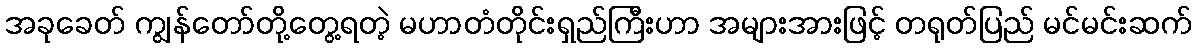
အခုခေတ် ကျွန်တော်တို့တွေ့ရတဲ့ မဟာတံတိုင်းရှည်ကြီးဟာ အများအားဖြင့် တရုတ်ပြည် မင်မင်းဆက်